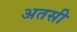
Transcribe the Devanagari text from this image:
अतसी